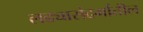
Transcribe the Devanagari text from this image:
लढ्यासंदर्भातील